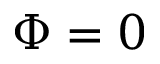
\Phi = 0